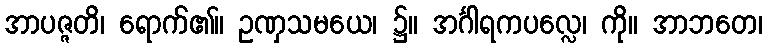
အာပဇ္ဇတိ၊ ရောက်၏။ ဥဏှသမယေ၊ ၌။ အင်္ဂါရကပလ္လေ၊ ကို။ အာဘတေ၊